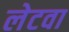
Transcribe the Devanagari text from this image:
लेटवा